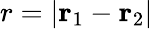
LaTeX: r=|\mathbf{r}_{1}-\mathbf{r}_{2}|